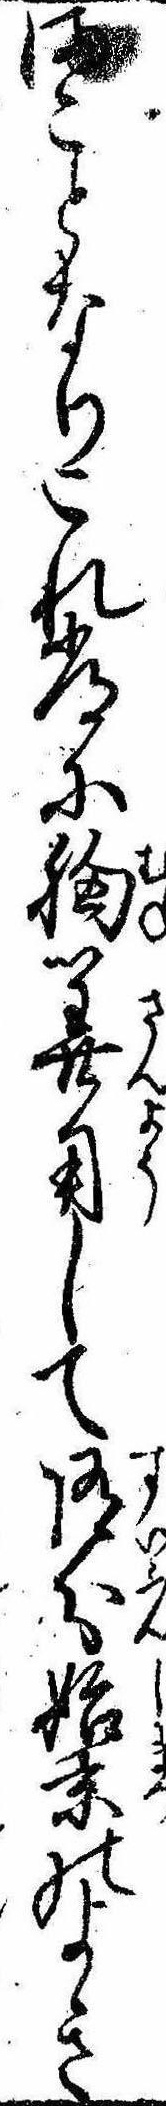
まことなりこれ常に胸算用して随分始末のよき